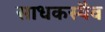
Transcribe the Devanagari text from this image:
साधकस्यैव